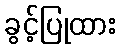
ခွင့်ပြုထား